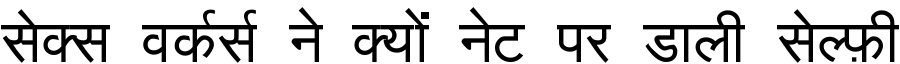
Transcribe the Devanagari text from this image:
सेक्स वर्कर्स ने क्यों नेट पर डाली सेल्फ़ी